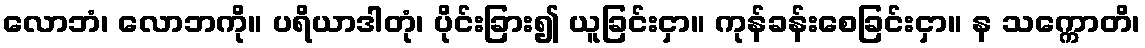
လောဘံ၊ လောဘကို။ ပရိယာဒါတုံ၊ ပိုင်းခြား၍ ယူခြင်းငှာ။ ကုန်ခန်းစေခြင်းငှာ။ န သက္ကောတိ၊